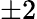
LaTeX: \pm 2